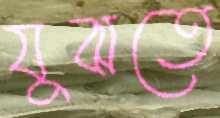
যুঝতে